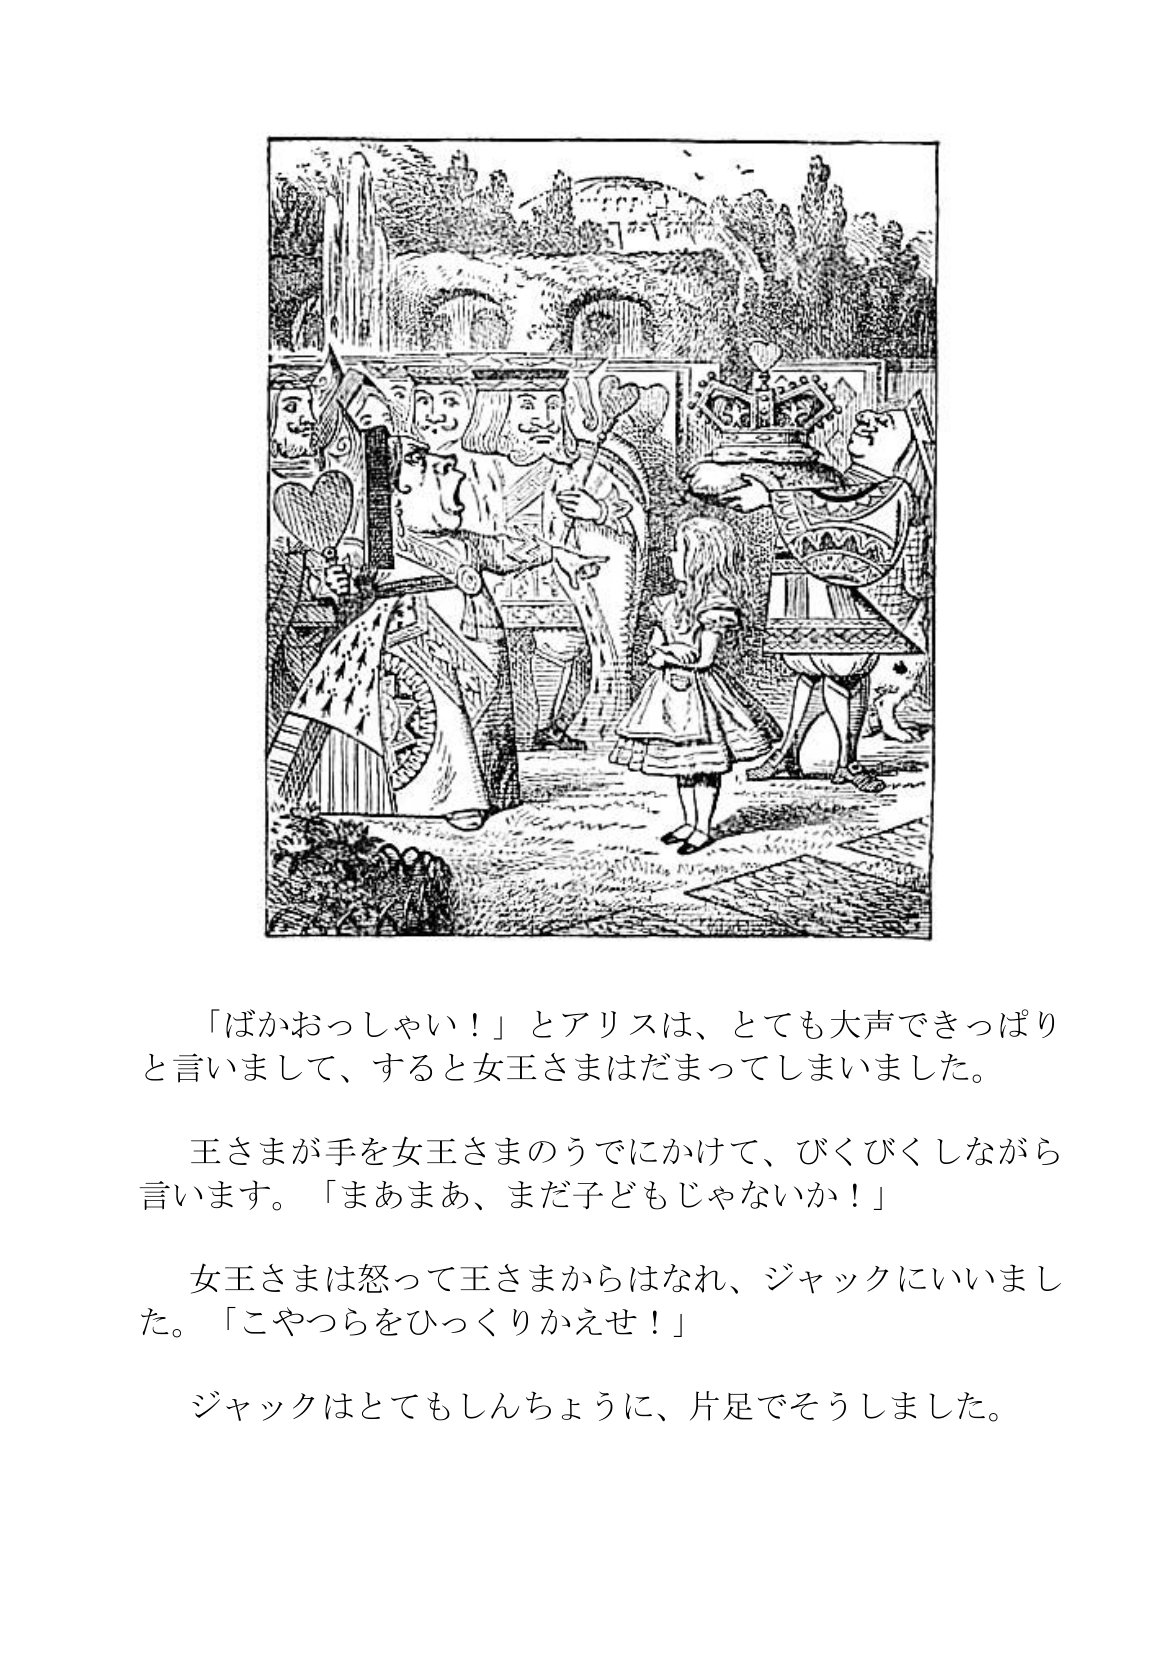
Language: ja